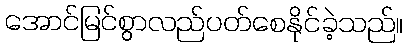
အောင်မြင်စွာလည်ပတ်စေနိုင်ခဲ့သည်။